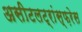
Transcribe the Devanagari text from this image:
असीटलट्रांस्फ़रेस